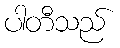
ပါတီသည်